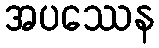
အပဿေန